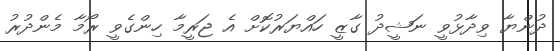
ދުންޔާ ވިދާޅުވީ ނަޝީދު ގާޒީ ހައްޔަރުކޮށް އެ ޖަރީމާ ހިންގެވީ ރޯމާ މެންދުރު